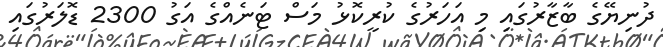
ދުނިޔޭގެ ބާޒާރުގައި މި އަހަރުގެ ކުރީކޮޅު މަސް ޓަނެއްގެ އަގު 2300 ޑޮލަރުގައި